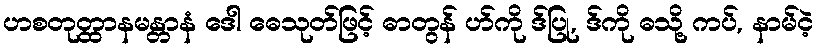
ဟစတုတ္ထာနမန္တာနံ ဒေါ ဓေသုတ်ဖြင့် ဓာတွန် ဟ်ကို ဒ်ပြု, ဒ်ကို ဓသို့ ကပ်, နာမ်ငဲ့